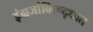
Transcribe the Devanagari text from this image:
इंग्रजांविरूद्धात